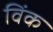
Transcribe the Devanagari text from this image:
विंक